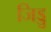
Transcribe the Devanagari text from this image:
जिड्डु